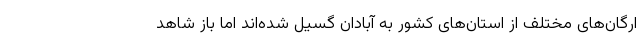
ارگان‌های مختلف از استان‌های کشور به آبادان گسیل شده‌اند اما باز شاهد